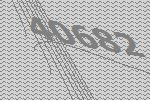
40682